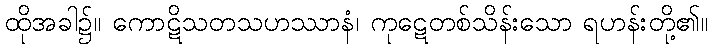
ထိုအခါ၌။ ကောဋိသတသဟဿာနံ၊ ကုဋေတစ်သိန်းသော ရဟန်းတို့၏။